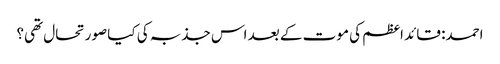
احمد: قائد اعظم کی موت کے بعد اس جذبہ کی کیا صورتحال تھی؟